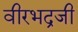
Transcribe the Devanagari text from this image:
वीरभद्रजी